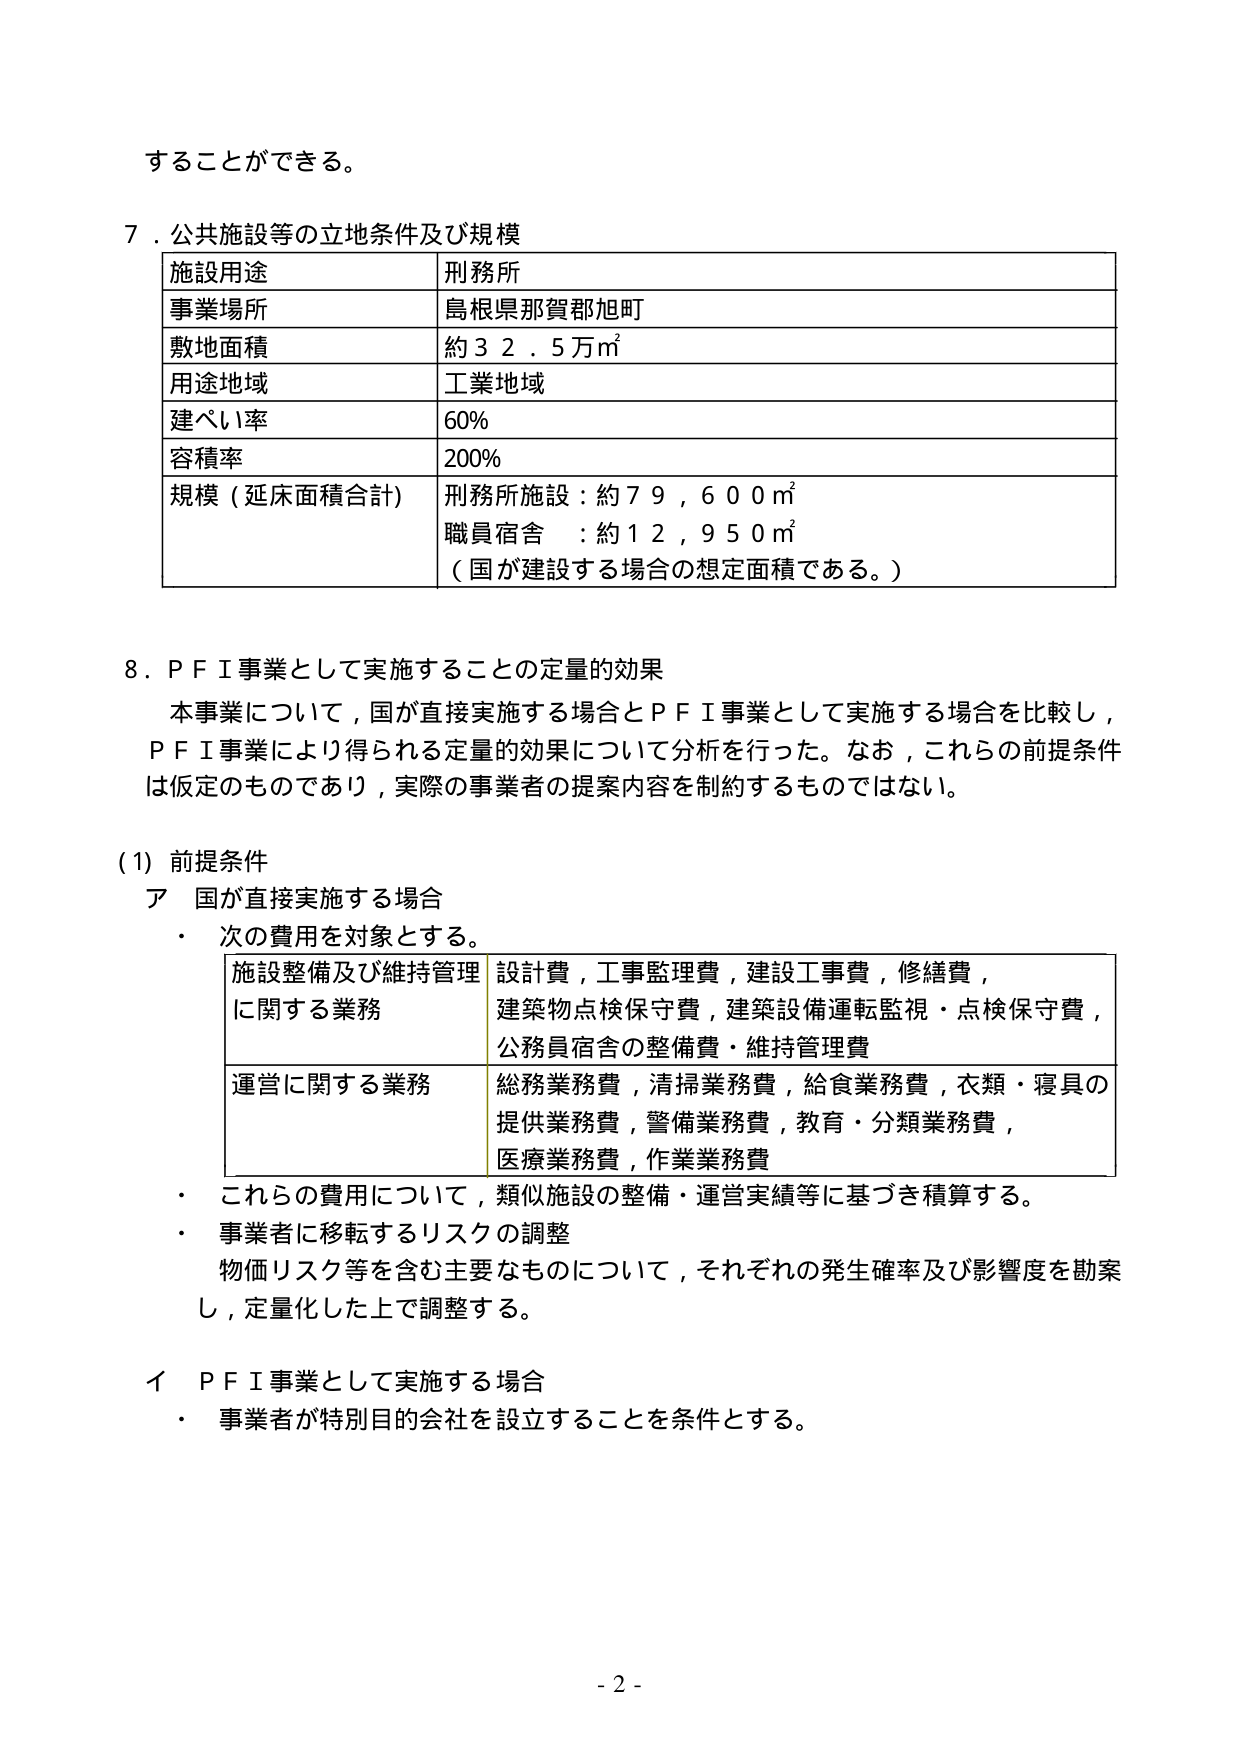
することができる。

７．公共施設等の立地条件及び規模
| 施設用途 | 刑務所 |
| --- | --- |
| 事業場所 | 島根県那賀郡旭町 |
| 敷地面積 | 約３２．５万㎡ |
| 用途地域 | 工業地域 |
| 建ぺい率 | 60% |
| 容積率 | 200% |
| 規模（延床面積合計） | 刑務所施設：約７９，６００㎡<br>職員宿舎　：約１２，９５０㎡<br>（国が建設する場合の想定面積である。） |

８．ＰＦＩ事業として実施することの定量的効果
　　本事業について，国が直接実施する場合とＰＦＩ事業として実施する場合を比較し，<br>ＰＦＩ事業により得られる定量的効果について分析を行った。なお，これらの前提条件<br>は仮定のものであり，実際の事業者の提案内容を制約するものではない。

（１）前提条件
　ア　国が直接実施する場合
　　・　次の費用を対象とする。
| 施設整備及び維持管理に関する業務 | 設計費，工事監理費，建設工事費，修繕費，<br>建築物点検保守費，建築設備運転監視・点検保守費，<br>公務員宿舎の整備費・維持管理費 |
| --- | --- |
| 運営に関する業務 | 総務業務費，清掃業務費，給食業務費，衣類・寝具の<br>提供業務費，警備業務費，教育・分類業務費，<br>医療業務費，作業業務費 |

　　・　これらの費用について，類似施設の整備・運営実績等に基づき積算する。
　　・　事業者に移転するリスクの調整<br>　　物価リスク等を含む主要なものについて，それぞれの発生確率及び影響度を勘案<br>　　し，定量化した上で調整する。

　イ　ＰＦＩ事業として実施する場合
　　・　事業者が特別目的会社を設立することを条件とする。

- 2 -